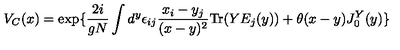
V _ { C } ( x ) = \exp \{ { \frac { 2 i } { g N } } \int d ^ { y } \epsilon _ { i j } { \frac { x _ { i } - y _ { j } } { ( x - y ) ^ { 2 } } } \mathrm { T r } ( Y E _ { j } ( y ) ) + \theta ( x - y ) J _ { 0 } ^ { Y } ( y ) \}